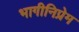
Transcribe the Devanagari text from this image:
भागीनिप्रेम